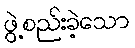
ဖွဲ့စည်းခဲ့သော